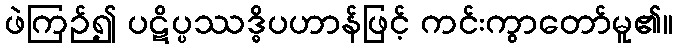
ဖဲကြဉ်၍ ပဋိပ္ပဿဒ္ဓိပဟာန်ဖြင့် ကင်းကွာတော်မူ၏။